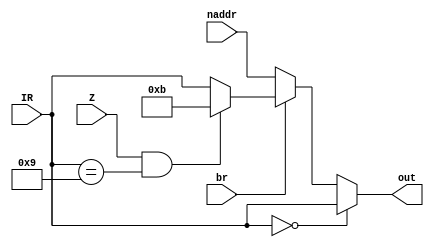
module Logic(Z,IR,naddr,br,out);

	input Z,br;
	input [4:0] IR;		// mapped IR address
	input [4:0] naddr;	// from next address field in control register
	output [4:0] out;		// decision: next address
	
	reg [4:0] out;
	
	always @ (*) // activate whenever an input changes
		// currently IR all ones is mapped to FETCH1 in MAP.
		begin
			if (IR == 5'b00000) // START of the machine
				out = IR;
			else begin
				if (br == 0)
					out = naddr;
				else
					if ((Z == 1) & (IR == 5'b01001))				// to quit JUMP
						out = 5'b01011;
					else													// any other instruction or to JUMP
						out = IR;
					end
			end

endmodule